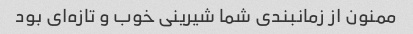
ممنون از زمانبندی شما شیرینی خوب و تازه‌ای بود